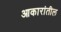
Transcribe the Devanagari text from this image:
आकारांतील